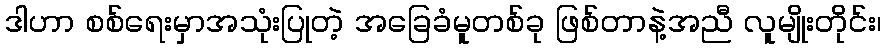
ဒါဟာ စစ်ရေးမှာအသုံးပြုတဲ့ အခြေခံမူတစ်ခု ဖြစ်တာနဲ့အညီ လူမျိုးတိုင်း၊